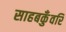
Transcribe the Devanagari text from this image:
साहबकुँवरि